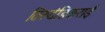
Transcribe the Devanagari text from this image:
तिरुदंडिकराई